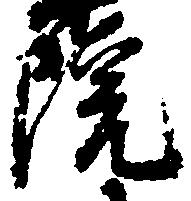
院